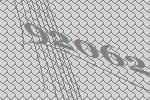
92062